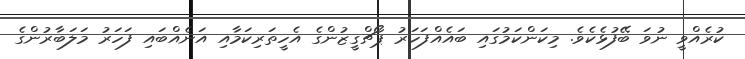
ކުރެއްވީ ނުވަ ބޭފުޅެކެވެ. މިކަންކަމުގައި ބައެއްފަހަރު ޕޯޗްގީޒުންގެ އެހީތަރިކަމާއި އަނެއްބައި ފަހަރު މަލަބާރުންގެ